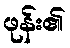
ဖုန်း၏